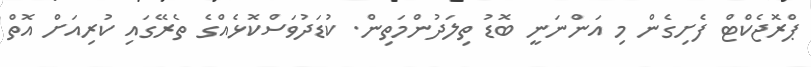
ޕްރޮޖެކްޓް ފެށިގެން މި އަންނަނީ ބޮޑު ތިލަދުންމަތިން. ކުޑަދުވަސްކޮޅެއްގެ ތެރޭގައި ކުރިއަށް އޮތް